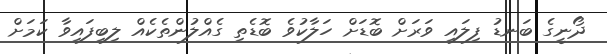
ދޯނީގެ ބަނޑު ފިލައި ވަރަށް ބޮޑަށް ހަލާކުވެ ބޮޑެތި ގެއްލުންތެކެއް ލިބިފައިވާ ކަމަށް